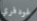
غودفري